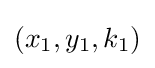
(x_{1},y_{1},k_{1})